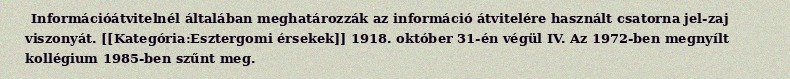
Információátvitelnél általában meghatározzák az információ átvitelére használt csatorna jel-zaj viszonyát. [[Kategória:Esztergomi érsekek]] 1918. október 31-én végül IV. Az 1972-ben megnyílt kollégium 1985-ben szűnt meg.